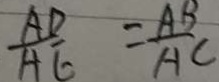
\frac { A D } { A E } = \frac { A B } { A C }